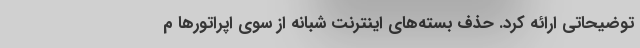
توضیحاتی ارائه کرد. حذف بسته‌های اینترنت شبانه از سوی اپراتورها م